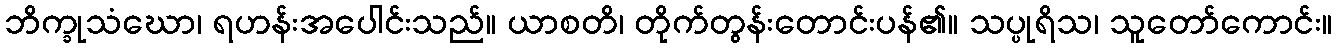
ဘိက္ခုသံဃော၊ ရဟန်းအပေါင်းသည်။ ယာစတိ၊ တိုက်တွန်းတောင်းပန်၏။ သပ္ပုရိသ၊ သူတော်ကောင်း။